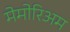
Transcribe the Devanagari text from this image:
मेमोरिअम